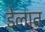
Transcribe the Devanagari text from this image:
डेलात